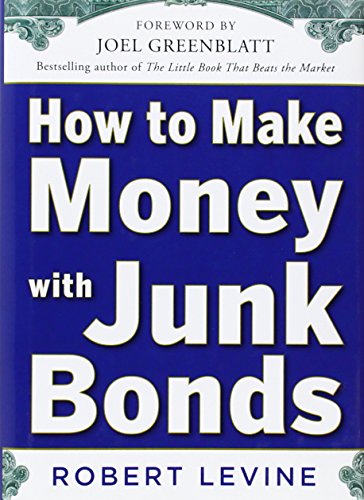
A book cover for How to Make Money with Junk Bonds; Robert Levine; Business & Money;